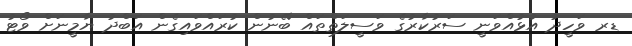
ޑރ ވަހީދު އުޅުއްވަނީ ސަރުކާރުގެ ވަސީލަތްތައް ބޭނުން ކުރައްވައިގެން އަބްދު ޔާމީނަށް ވޯޓު